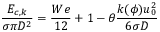
\frac { { { E } _ { c , k } } } { \sigma \pi { { D } ^ { 2 } } } = \frac { W e } { 1 2 } + 1 - \theta \frac { k ( \phi ) u _ { 0 } ^ { 2 } } { 6 \sigma D }